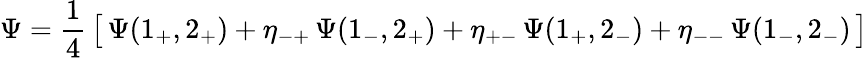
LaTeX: \Psi={\frac{1}{4}}\, \bigl[\, \Psi(1_{+},2_{+})+\eta_{-+}\, \Psi(1_{-},2_{+})+\eta_{+-}\, \Psi(1_{+},2_{-})+\eta_{--}\, \Psi(1_{-},2_{-})\, \bigr]